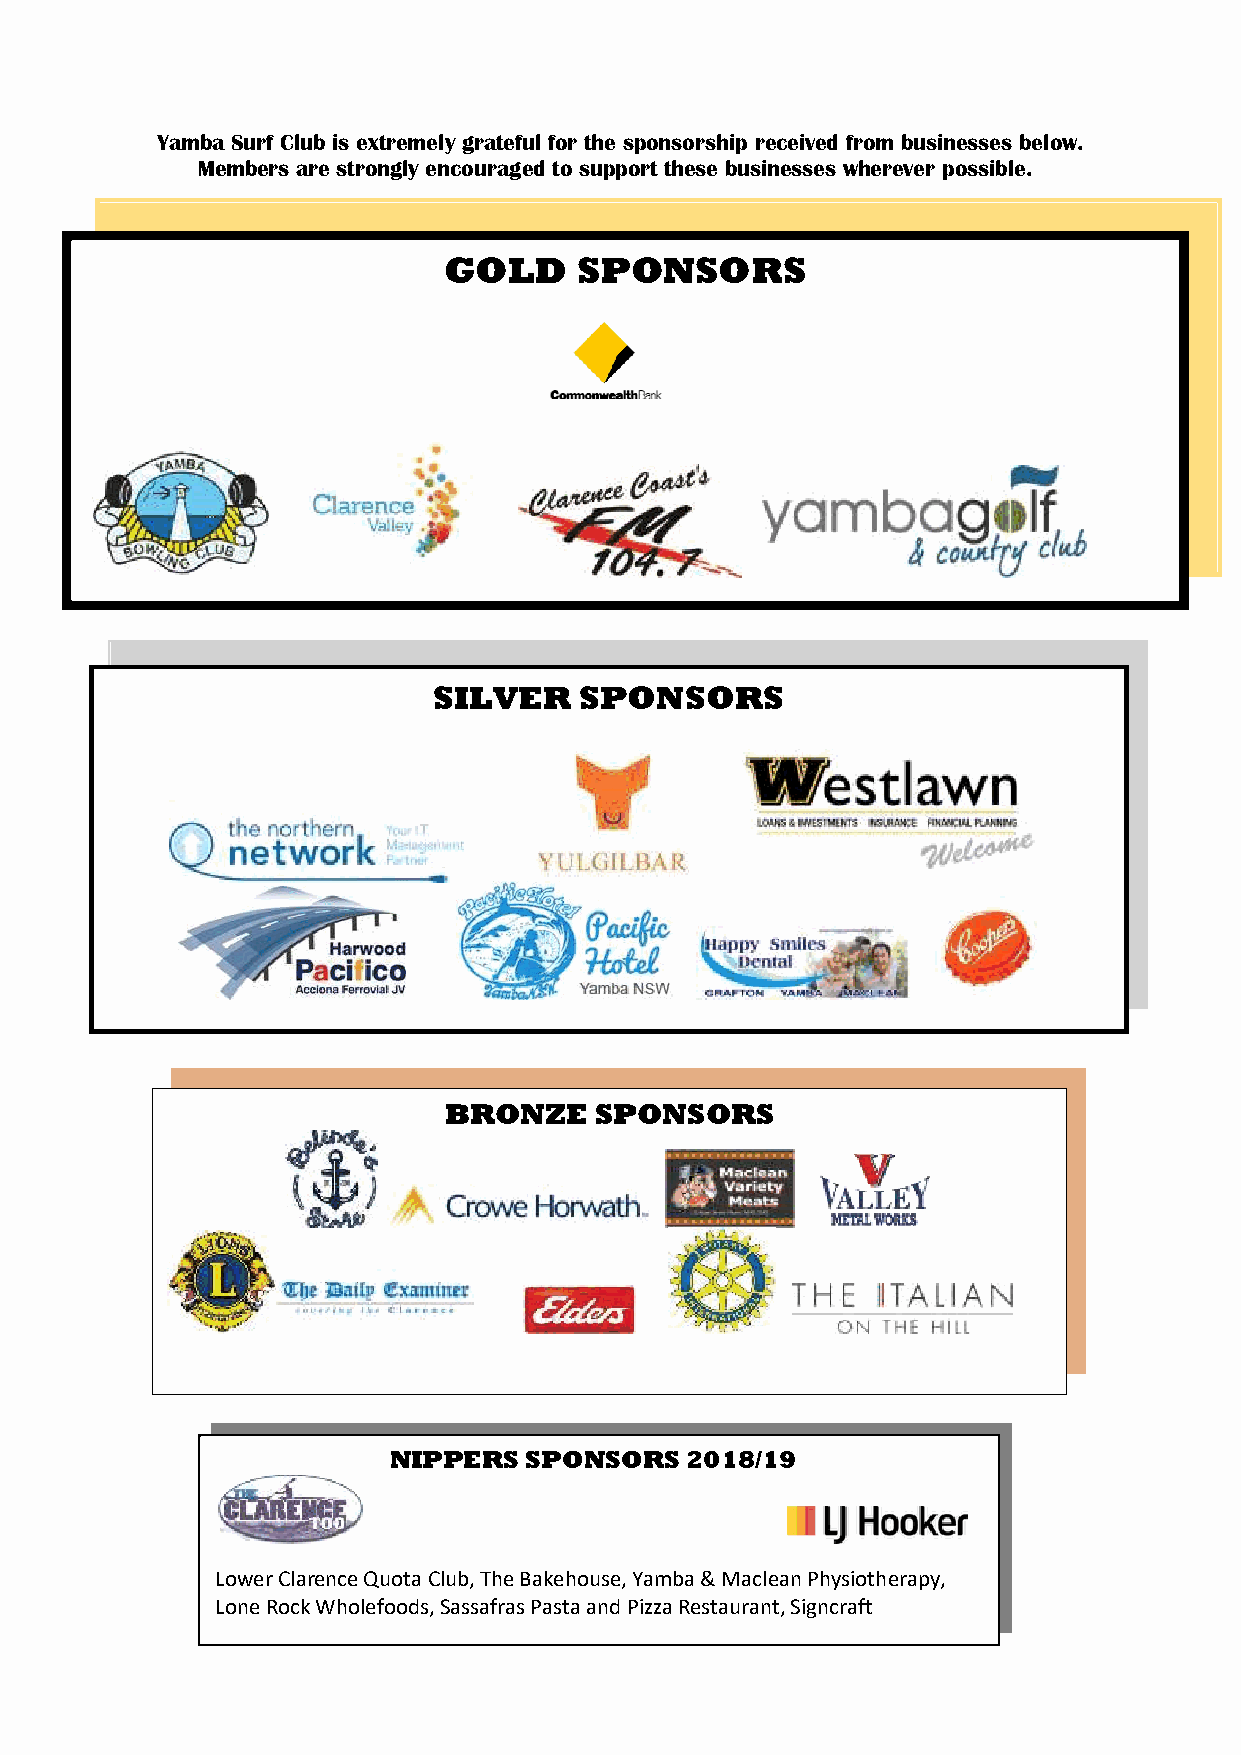
Yamba Surf Life Saving Club                        September 2015
 Page 4
 Website: www.yambaslsc.com.au                          Email: office@yambaslsc.com.au
 Yamba Surf Club is extremely grateful for the sponsorship received from businesses below.
 Members are strongly encouraged to support these businesses wherever possible.
 GOLD     SPONSORS
 SILVER   SPONSORS
 Valley
 Valley Custom
 Custom
 MMeettaallwwoorrkks ’s
 BRONZE    SPONSORS
 NIPPERS  SPONSORS  2018/19
 Lower Clarence Quota Club, The Bakehouse, Yamba & Maclean Physiotherapy,
 Lone Rock Wholefoods, Sassafras Pasta and Pizza Restaurant, Signcraft